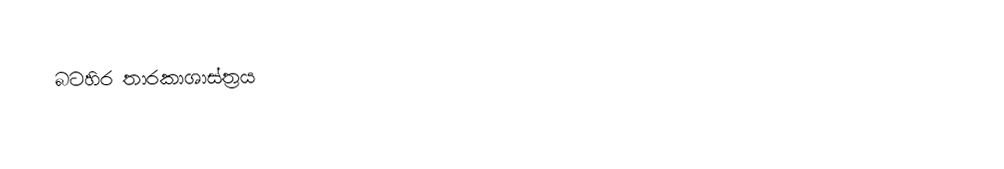
බටහිර තාරකාශාස්ත්‍රය